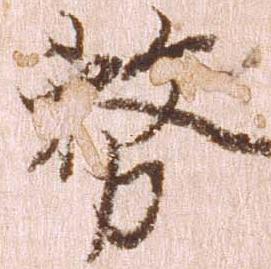
務